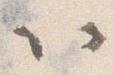
以